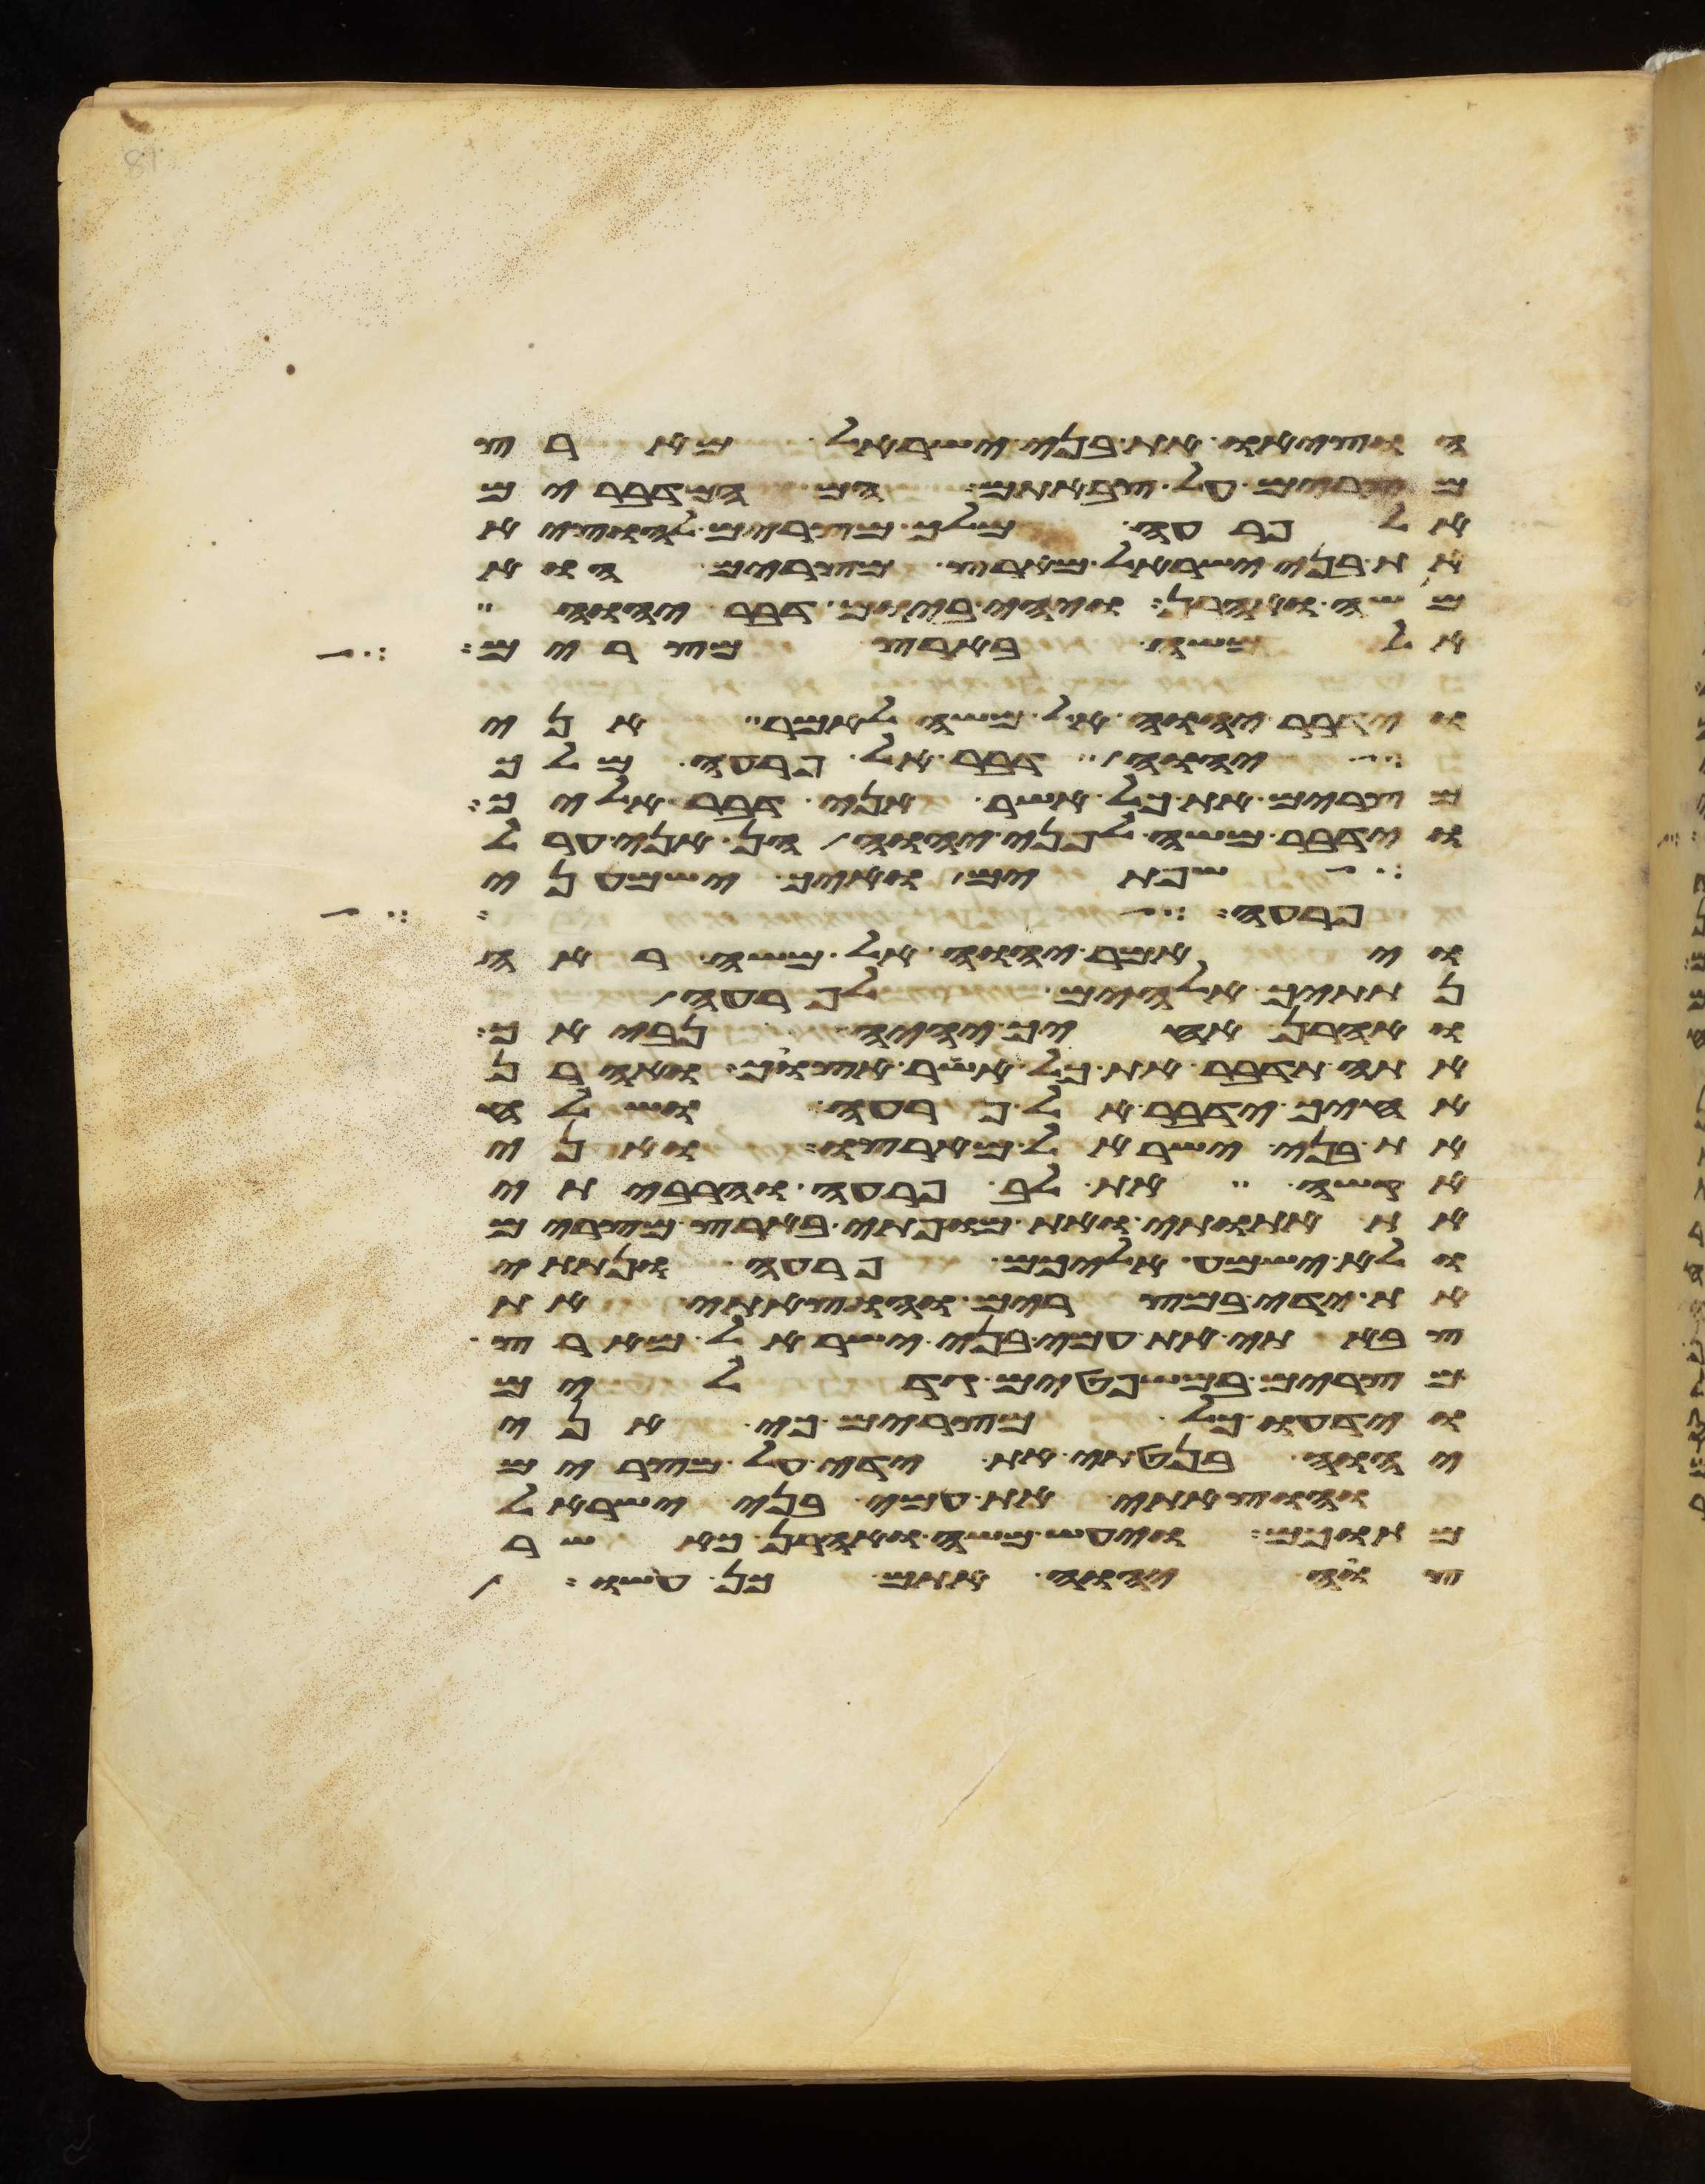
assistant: הוציאו את בני ישראל מארץ
מצרים על צבאתם הם המדברים
אל פרעה מלך מצרים להוציא
את בני ישראל מארץ מצרים הוא
משה ואהרן ויהי ביום דבר יהוה
אל משה בארץ מצרים
וידבר יהוה אל משה לאמר אני
יהוה דבר אל פרעה מלך
מצרים את כל אשר אני דבר אליך
ויאמר משה לפני יהוה הן אני ערל
שפתים ואיך ישמעני
פרעה על
ויאמר יהוה אל משה ראה
נתתיך אלהים לפרעה
ואהרן אחיך יהיה נביאך
אתה תדבר את כל אשר אצוך ואהרן
אחיך ידבר אל פרעה ושלח
את בני ישראל מארצו ואני
אקשה את לב פרעה והרביתי
את אתותי ואת מופתי בארץ מצרים
ולא ישמע אליכם פרעה ונתתי
את ידי במצרים והוצאתי את
צבאתי את עמי בני ישראל מארץ
מצרים במשפטים גדלים
וידעו כל מצרים כי אני
יהוה בנטתי את ידי על מצרים
והוצאתי את עמי בני ישראל
מתוכם ויעש משה ואהרן כאשר
צוה יהוה אתם כן עשו